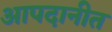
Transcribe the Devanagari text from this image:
आपदानीत